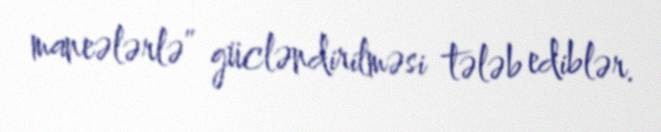
maneələrlə” gücləndirilməsi tələb ediblər.